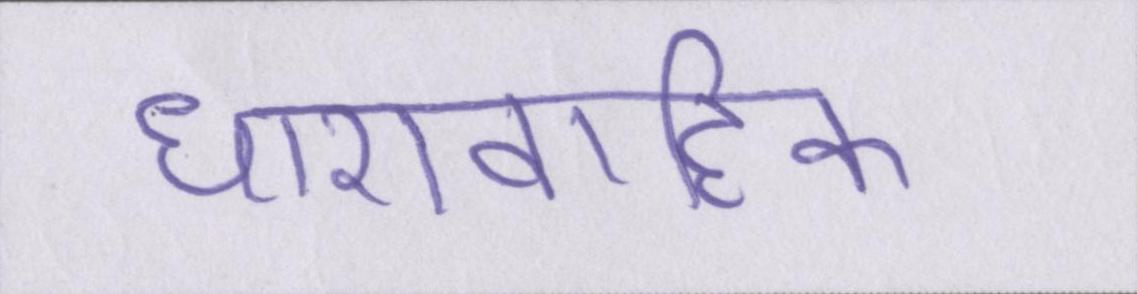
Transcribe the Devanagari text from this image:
धारावाहिक